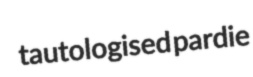
tautologised pardie